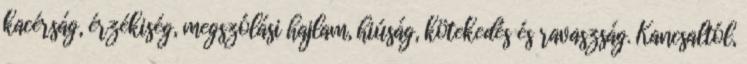
kacérság, érzékiség, megszólási hajlam, hiúság, kötekedés és ravaszság. Kancsaltól,